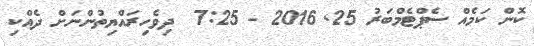
ކޮން ކަމެއް ސެޕްޓެމްބަރު 25